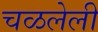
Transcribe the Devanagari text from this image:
चळलेली